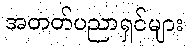
အတတ်ပညာရှင်များ